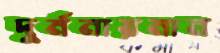
দুর্মনায়মান